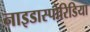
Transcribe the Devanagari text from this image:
नाइडास्पोरिडिया